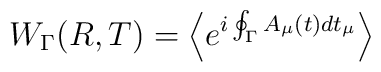
W _{ \Gamma } ( R , T ) = \left\langle e ^{i \oint _{\Gamma} A _{\mu} (t) d t _{\mu} } \right\rangle